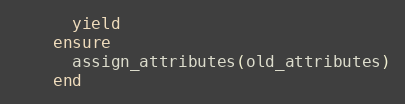
Language: Ruby
      yield
    ensure
      assign_attributes(old_attributes)
    end